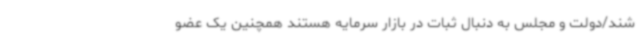
شند/دولت و مجلس به دنبال ثبات در بازار سرمایه هستند همچنین یک عضو